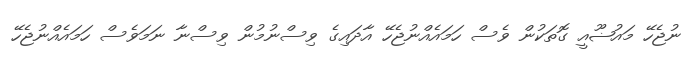
ނުޖެހޭ މައުޟޫއީ ގޮތަކުން ވެސް ހަމައެއްނުޖެހޭ އާދައިގެ ވިސްނުމުން ވިސްނާ ނަމަވެސް ހަމައެއްނުޖެހޭ